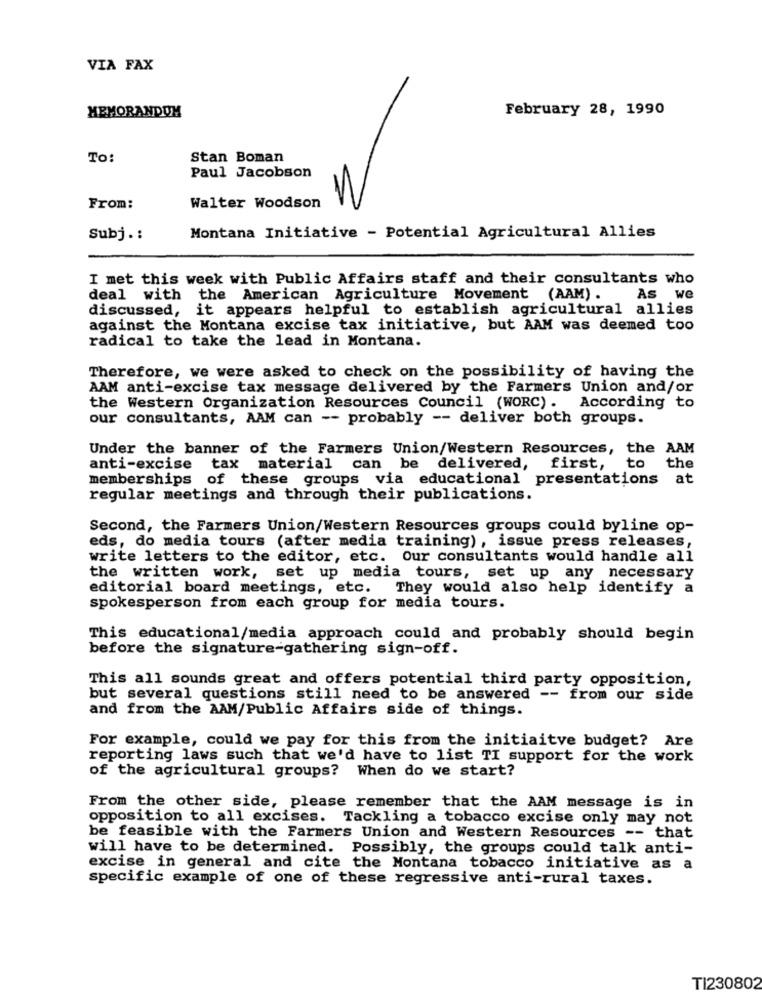
VIA FAX
MEMORANDUM
February 28, 1990
To:
Stan Boman
Paul Jacobson
From:
Walter Woodson
Subj .:
Montana Initiative - Potential Agricultural Allies
I met this week with Public Affairs staff and their consultants who
deal with the American Agriculture Movement (AAM).
As we
discussed, it appears helpful to establish agricultural allies
against the Montana excise tax initiative, but AAM was deemed too
radical to take the lead in Montana.
Therefore, we were asked to check on the possibility of having the
AAM anti-excise tax message delivered by the Farmers Union and/or
the Western Organization Resources Council (WORC). According to
our consultants, AAM can -- probably -- deliver both groups.
Under the banner of the Farmers Union/Western Resources, the AAM
anti-excise tax material can be delivered, first,
to t
the
memberships of these groups via educational presentations at
regular meetings and through their publications.
Second, the Farmers Union/Western Resources groups could byline op-
eds, do media tours (after media training), issue press releases,
write letters to the editor, etc. Our consultants would handle all
the written work, set up media tours, set up any necessary
editorial board meetings, etc. They would also help identify a
spokesperson from each group for media tours.
This educational/media approach could and probably should begin
before the signature-gathering sign-off.
This all sounds great and offers potential third party opposition,
but several questions still need to be answered -- from our side
and from the AAM/Public Affairs side of things.
For example, could we pay for this from the initiaitve budget? Are
reporting laws such that we'd have to list TI support for the work
of the agricultural groups? When do we start?
From the other side, please remember that the AAM message is in
opposition to all excises. Tackling a tobacco excise only may not
be feasible with the Farmers Union and Western Resources -- that
will have to be determined. Possibly, the groups could talk anti-
excise in general and cite the Montana tobacco initiative as a
specific example of one of these regressive anti-rural taxes.
TI230802